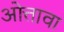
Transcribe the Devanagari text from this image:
ओत्तावा